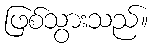
ဖြစ်သွားသည်။